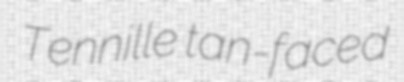
Tennille tan-faced